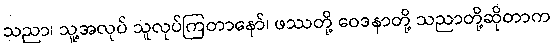
သညာ၊ သူ့အလုပ် သူလုပ်ကြတာနော်၊ ဖဿတို့ ဝေဒနာတို့ သညာတို့ဆိုတာက